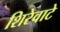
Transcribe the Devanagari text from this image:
शिरेवाटे